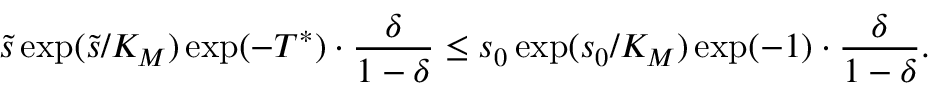
\widetilde s \exp ( \widetilde s / K _ { M } ) \exp ( - T ^ { * } ) \cdot \frac { \delta } { 1 - \delta } \leq s _ { 0 } \exp ( s _ { 0 } / K _ { M } ) \exp ( - 1 ) \cdot \frac { \delta } { 1 - \delta } .